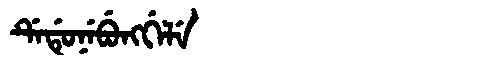
Manchu: ᡩᡝᡩᡠᠨᡝᠪᡠᠩᡤᡝᠯᡝ
Romanization: DEDUNEBUNGGELE